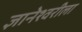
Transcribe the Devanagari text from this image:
ज्ञानेश्वरीला